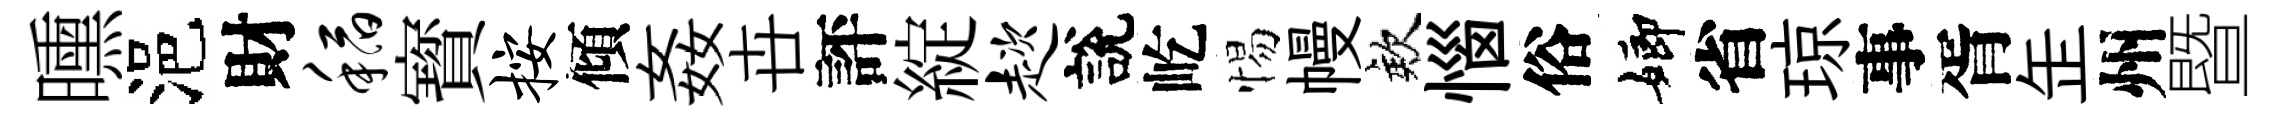
曛浥財稻寳按傾姦卋評綻趑說屹惕幔欸惱俗嫏省琼事胥𦈢州暨